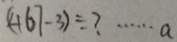
( 4 6 7 - 3 ) \div ? \cdots a